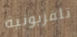
تلفزيونية